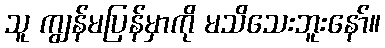
သူ ကျွန်မပြန်မှာကို မသိသေးဘူးနော်။